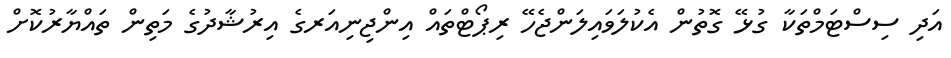
އަދި ސިސްޓަމްތަކާ ގުޅޭ ގޮތުން އެކުލަވައިލަންޖެހޭ ރިޕޯޓްތައް އިންޖިނިއަރގެ އިރުޝާދުގެ މަތިން ތައްޔާރުކޮށް